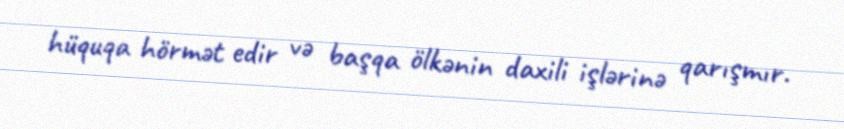
hüquqa hörmət edir və başqa ölkənin daxili işlərinə qarışmır.